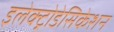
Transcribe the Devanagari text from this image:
इलेक्ट्रोडेसिकेशन